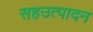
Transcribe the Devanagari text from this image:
सहउत्पादन